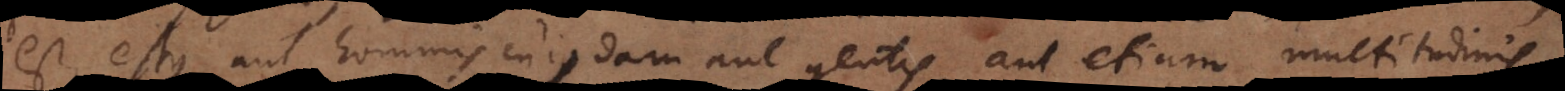
est, estque aut hominis cujusdam aut gentis, aut etiam multitudinis